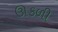
ઊકળી